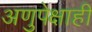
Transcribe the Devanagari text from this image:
अणुपेक्षाही